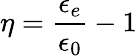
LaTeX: \eta={\frac{\epsilon_{e}}{\epsilon_{0}}}-1